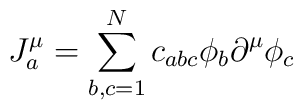
J_a^{\mu}=\sum_{b,c=1}^N c_{abc}\phi_b \partial^{\mu}\phi_c